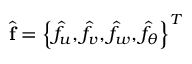
\widehat { \mathbf { f } } = \left\{ \widehat { f } _ { u } , \widehat { f } _ { v } , \widehat { f } _ { w } , \widehat { f } _ { \theta } \right\} ^ { T }